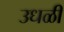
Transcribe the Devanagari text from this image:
उधळी